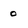
Character: 0